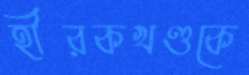
হীরকখণ্ডকে